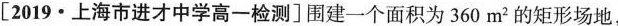
[2019 ▪上海市进才中学高一检测]围建一个面积为360m^{2}的矩形场地，